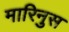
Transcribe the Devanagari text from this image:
मारिनुस